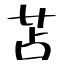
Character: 苫